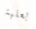
بعلبة